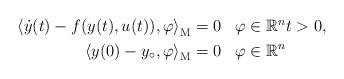
LaTeX: \begin{align*}\begin{aligned}{\langle \dot y(t)-f(y(t),u(t)),\varphi\rangle}_\mathrm M&=0&&\varphi\in \mathbb R^nt>0,\\{\langle y(0)-y_\circ,\varphi\rangle}_\mathrm M&=0&&\varphi\in \mathbb R^n\end{aligned}\end{align*}